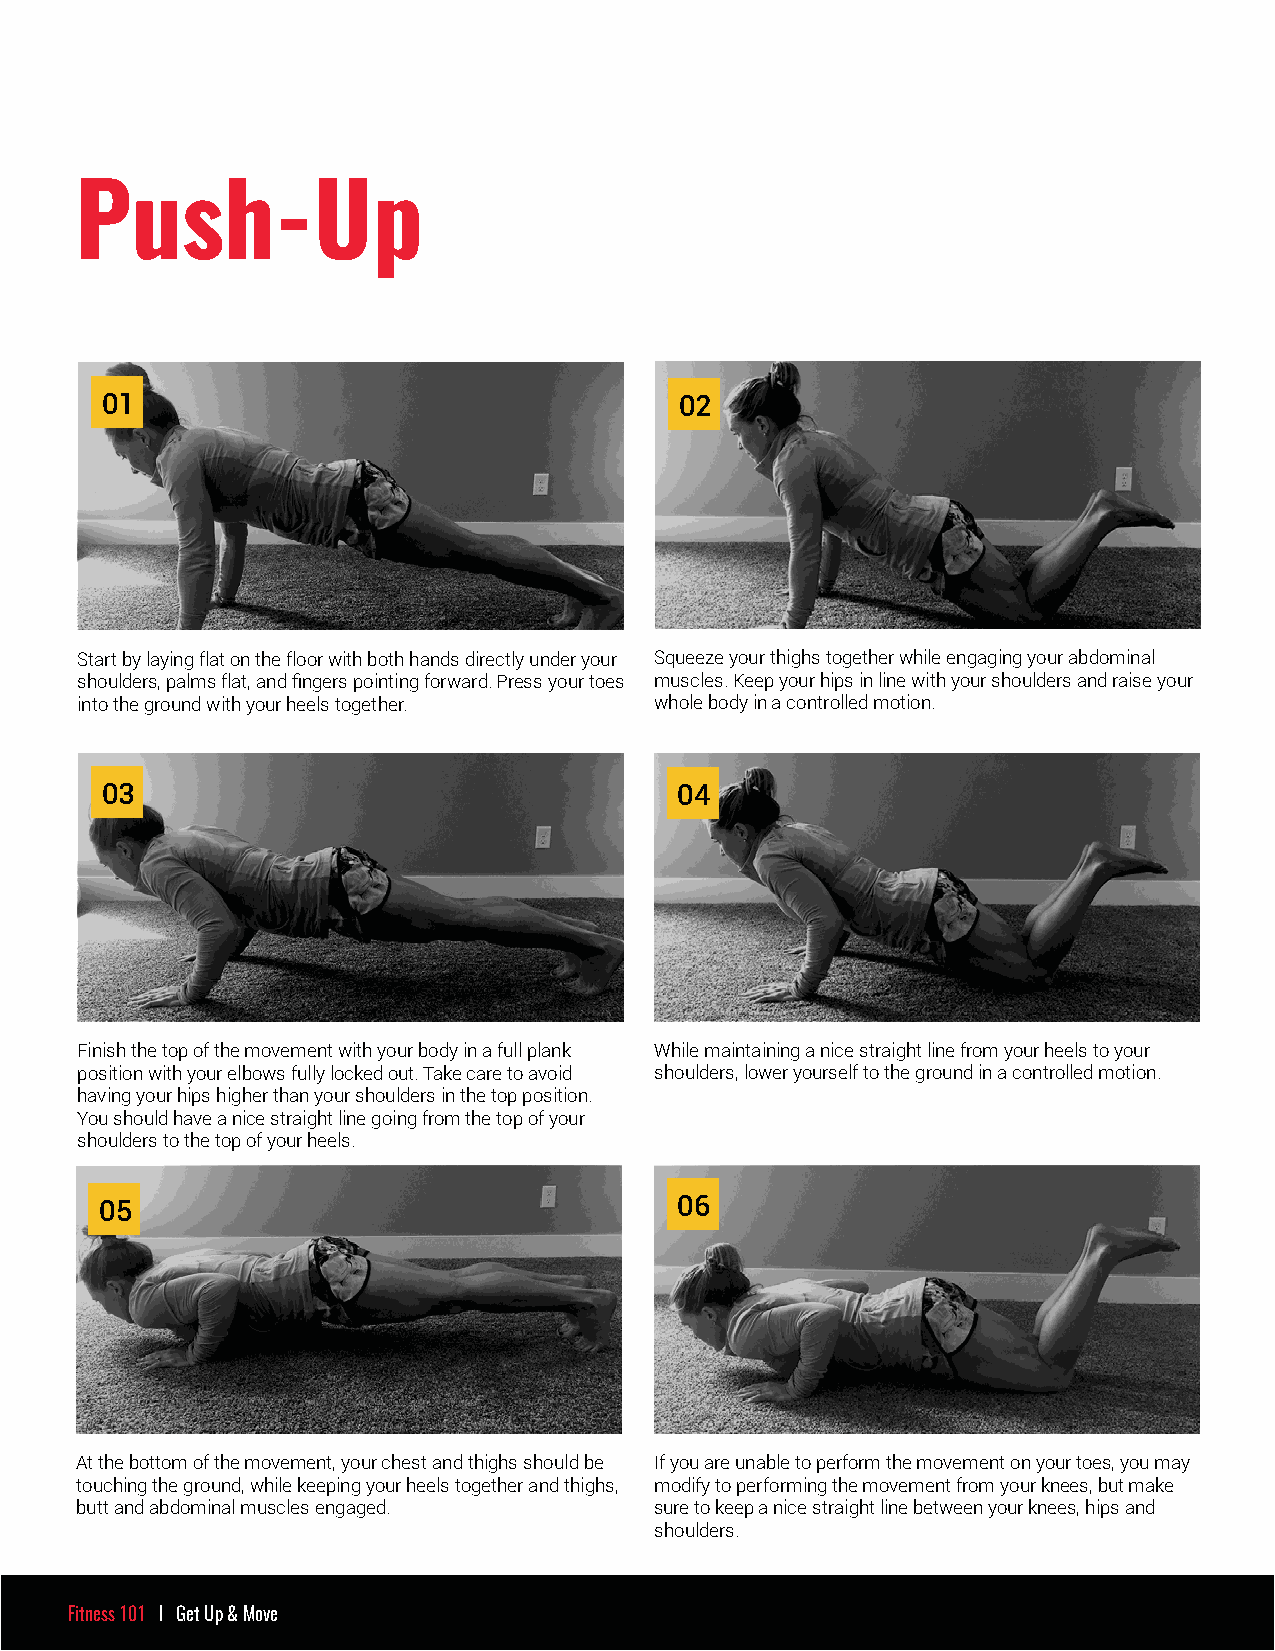
Push-           Up
 01                                    02
 Start by laying flat on the floor with both hands directly under your Squeeze your thighs together while engaging your abdominal
 shoulders, palms flat, and fingers pointing forward. Press your toes muscles. Keep your hips in line with your shoulders and raise your
 into the ground with your heels together. whole body in a controlled motion.
 03                                    04
 Finish the top of the movement with your body in a full plank While maintaining a nice straight line from your heels to your
 position with your elbows fully locked out. Take care to avoid shoulders, lower yourself to the ground in a controlled motion.
 having your hips higher than your shoulders in the top position.
 You should have a nice straight line going from the top of your
 shoulders to the top of your heels.
 05                                    06
 At the bottom of the movement, your chest and thighs should be If you are unable to perform the movement on your toes, you may
 touching the ground, while keeping your heels together and thighs, modify to performing the movement from your knees, but make
 butt and abdominal muscles engaged.   sure to keep a nice straight line between your knees, hips and
 shoulders.
 Fitness 101 I Get Up & Move